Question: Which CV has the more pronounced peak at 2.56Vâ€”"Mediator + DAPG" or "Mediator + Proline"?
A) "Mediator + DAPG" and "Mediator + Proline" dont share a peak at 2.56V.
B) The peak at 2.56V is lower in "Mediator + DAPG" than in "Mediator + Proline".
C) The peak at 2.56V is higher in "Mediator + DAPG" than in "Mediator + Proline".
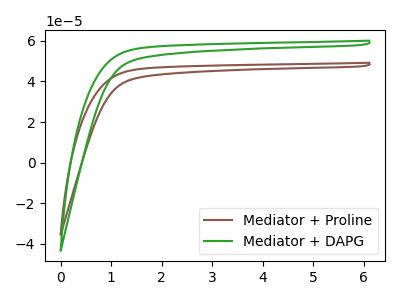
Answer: <think>The brown curve "Mediator + Proline" has no peaks. The green curve "Mediator + DAPG" has no peaks.</think>
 <answer>A) "Mediator + DAPG" and "Mediator + Proline" dont share a peak at 2.56V.</answer>
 <eval>A</eval>